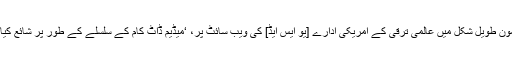
یہ مضمون طویل شکل میں عالمی ترقی کے امریکی ادارے [یو ایس ایڈ] کی ویب سائٹ پر، ‘میڈیم ڈاٹ کام کے سلسلے کے طور پر شائع کیا گیا تھا۔